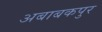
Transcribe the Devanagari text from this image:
अबाबकपुर